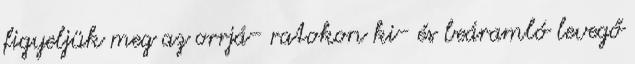
figyeljük meg az orrjá- ratokon ki- és beáramló levegő